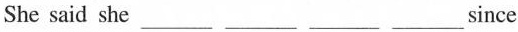
She said she___ ___ ___ ___since